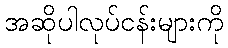
အဆိုပါလုပ်ငန်းများကို